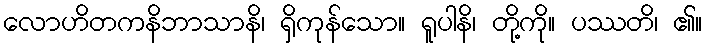
လောဟိတကနိဘာသာနိ၊ ရှိကုန်သော။ ရူပါနိ၊ တို့ကို။ ပဿတိ၊ ၏။